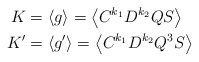
\begin{align*}K&= \langle g \rangle = \left\langle C^{k_1} D^{k_2} Q S \right\rangle \\K'&= \langle g' \rangle = \left\langle C^{k_1} D^{k_2} Q^3 S \right\rangle\end{align*}